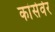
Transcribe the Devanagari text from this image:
कांसेर्वेर